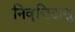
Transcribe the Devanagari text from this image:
निवॄत्तिदासु